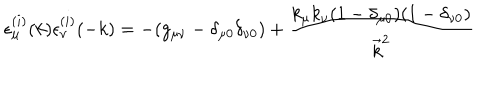
\epsilon _ { \mu } ^ { ( i ) } ( k ) \epsilon _ { \nu } ^ { ( i ) } ( - k ) = - ( g _ { \mu \nu } - \delta _ { \mu 0 } \delta _ { \nu 0 } ) + \frac { k _ { \mu } k _ { \nu } ( 1 - \delta _ { \mu 0 } ) ( 1 - \delta _ { \nu 0 } ) } { \vec { k } ^ { 2 } }